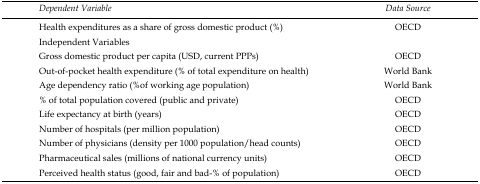
<table><thead><tr><td><b><i>Dependent Variable</i></b></td><td><b><i>Data Source</i></b></td></tr></thead><tbody><tr><td>Health expenditures as a share of gross domestic product (%)</td><td>OECD</td></tr><tr><td colspan="2">Independent Variables</td></tr><tr><td>Gross domestic product per capita (USD, current PPPs)</td><td>OECD</td></tr><tr><td>Out-of-pocket health expenditure (% of total expenditure on health)</td><td>World Bank</td></tr><tr><td>Age dependency ratio (%of working age population)</td><td>World Bank</td></tr><tr><td>% of total population covered (public and private)</td><td>OECD</td></tr><tr><td>Life expectancy at birth (years)</td><td>OECD</td></tr><tr><td>Number of hospitals (per million population)</td><td>OECD</td></tr><tr><td>Number of physicians (density per 1000 population/head counts)</td><td>OECD</td></tr><tr><td>Pharmaceutical sales (millions of national currency units)</td><td>OECD</td></tr><tr><td>Perceived health status (good, fair and bad-% of population)</td><td>OECD</td></tr></tbody></table>